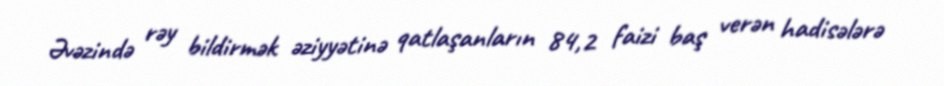
Əvəzində rəy bildirmək əziyyətinə qatlaşanların 84,2 faizi baş verən hadisələrə